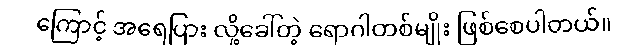
ကြောင့် အရေပြား လို့ခေါ်တဲ့ ရောဂါတစ်မျိုး ဖြစ်စေပါတယ်။